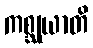
ကစ္ဆုယာတိ